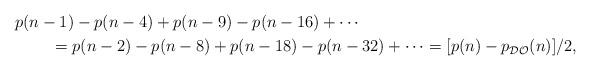
LaTeX: \begin{align*}& p(n-1)-p(n-4)+p(n-9)-p(n-16)+\cdots\\&\qquad\, = p(n-2)-p(n-8)+p(n-18)-p(n-32)+\cdots = [p(n) - p_{\mathcal{DO}}(n)]/2,\end{align*}